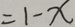
= 1 - x